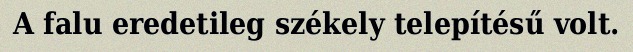
A falu eredetileg székely telepítésű volt.